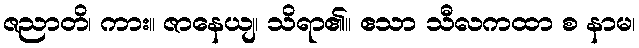
ဇညာတိ၊ ကား။ ဇာနေယျ၊ သိရာ၏။ ဧသာ သီလကထာ စ နာမ၊